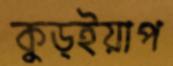
কুড্ইয়াপ